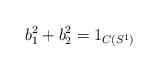
LaTeX: \begin{align*}b_1^2 + b_2^2 = 1_{C(S^1)}\end{align*}